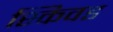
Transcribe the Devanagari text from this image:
स्किवड